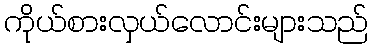
ကိုယ်စားလှယ်လောင်းများသည်